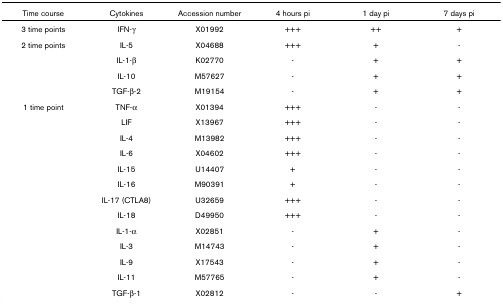
| Time course | Cytokines | Accession number | 4 hours pi | 1 day pi | 7 days pi |
 | --- | --- | --- | --- | --- | --- |
 | 3 time points | IFN-γ | X01992 | +++ | ++ | + |
 | 2 time points | IL-5 | X04688 | +++ | + | - |
 |  | IL-1-β | K02770 | - | + | + |
 |  | IL-10 | M57627 | - | + | + |
 |  | TGF-β-2 | M19154 | - | + | + |
 | 1 time point | TNF-α | X01394 | +++ | - | - |
 |  | LIF | X13967 | +++ | - | - |
 |  | IL-4 | M13982 | +++ | - | - |
 |  | IL-6 | X04602 | +++ | - | - |
 |  | IL-15 | U14407 | + | - | - |
 |  | IL-16 | M90391 | + | - | - |
 |  | IL-17 (CTLA8) | U32659 | +++ | - | - |
 |  | IL-18 | D49950 | +++ | - | - |
 |  | IL-1-α | X02851 | - | + | - |
 |  | IL-3 | M14743 | - | + | - |
 |  | IL-9 | X17543 | - | + | - |
 |  | IL-11 | M57765 | - | + | - |
 |  | TGF-β-1 | X02812 | - | - | + |